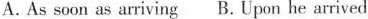
A.As soon as arriving B. Upon he arrived